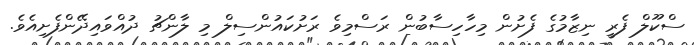
ސްކޫލް ފެރީ ނިޒާމުގެ ފެށުން މިހާހިސާބުން ރަސްމިވެ ރަށުކައުންސިލް މި ލާންޗު ދުއްވައިދޭންފެށިއެވެ.